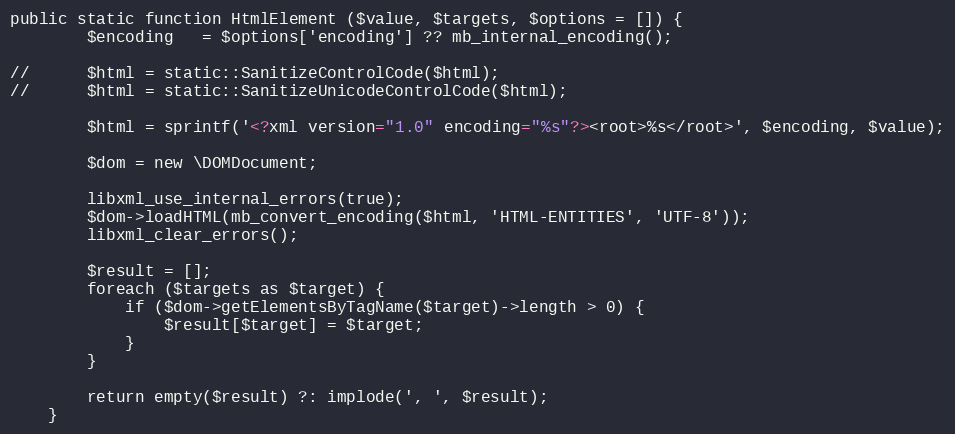
Language: PHP
public static function HtmlElement ($value, $targets, $options = []) {
		$encoding	= $options['encoding'] ?? mb_internal_encoding();

//		$html = static::SanitizeControlCode($html);
//		$html = static::SanitizeUnicodeControlCode($html);

		$html = sprintf('<?xml version="1.0" encoding="%s"?><root>%s</root>', $encoding, $value);

		$dom = new \DOMDocument;

		libxml_use_internal_errors(true);
		$dom->loadHTML(mb_convert_encoding($html, 'HTML-ENTITIES', 'UTF-8'));
		libxml_clear_errors();

		$result = [];
		foreach ($targets as $target) {
			if ($dom->getElementsByTagName($target)->length > 0) {
				$result[$target] = $target;
			}
		}

		return empty($result) ?: implode(', ', $result);
	}